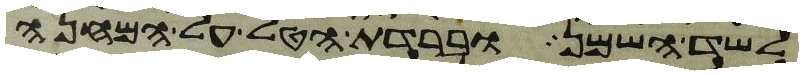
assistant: לשד השמן וברדת הטל על המחנה